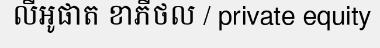
លីអូផាត ខាភីថល / private equity